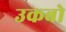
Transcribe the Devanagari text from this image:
उकबो